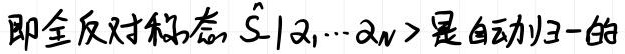
即全反对称态 $\hat{S}| \alpha_1, \cdots \alpha_N \rangle$ 是自动归一的